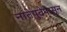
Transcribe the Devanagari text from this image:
नातेपुतेपासून